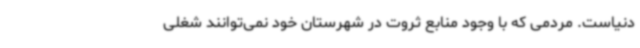
دنیاست. مردمی که با وجود منابع ثروت در شهرستان خود نمی‌توانند شغلی